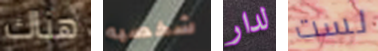
هناك شخصيه لدار لست